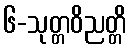
၆-သုတ္တဝိညတ္တိ